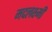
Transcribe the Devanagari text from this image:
मदलक्ष्मी